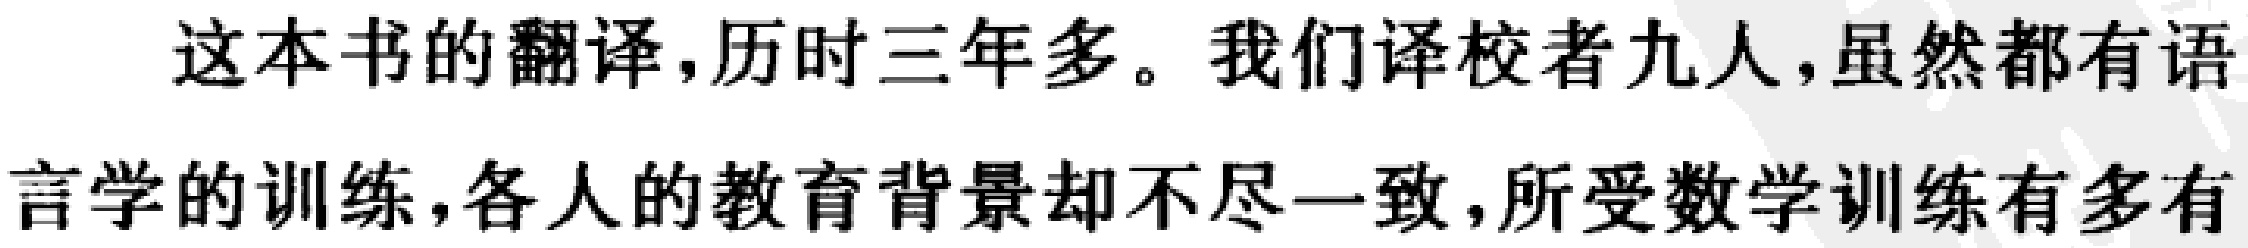
这本书的翻译,历时三年多。我们译校者九人,虽然都有语言学的训练,各人的教育背景却不尽一致,所受数学训练有多有